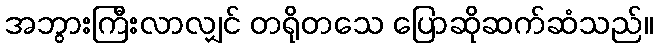
အဘွားကြီးလာလျှင် တရိုတသေ ပြောဆိုဆက်ဆံသည်။